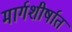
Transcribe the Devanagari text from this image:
मार्गशीर्षात